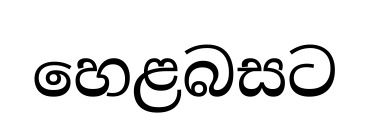
හෙළබසට